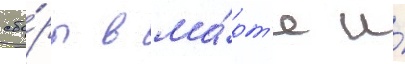
сбо́ры в ма́рт'е и́